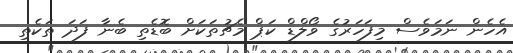
އެހެން ނަމަވެސް މިފަހަރުގެ ވޯލްޑް ކަޕް މެޗުތަކަށް ބޮޑެތި ބެނާ ފަދަ ތަކެތި